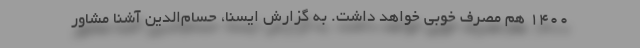
1400 هم مصرف خوبی خواهد داشت. به گزارش ایسنا، حسام‌الدین آشنا مشاور